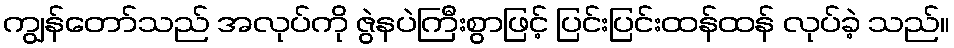
ကျွန်တော်သည် အလုပ်ကို ဇွဲနပဲကြီးစွာဖြင့် ပြင်းပြင်းထန်ထန် လုပ်ခဲ့ သည်။